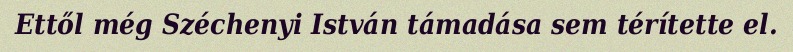
Ettől még Széchenyi István támadása sem térítette el.